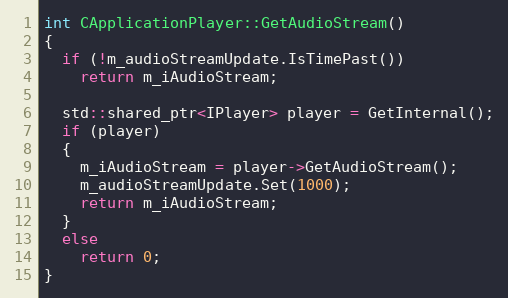
Language: C++
int CApplicationPlayer::GetAudioStream()
{
  if (!m_audioStreamUpdate.IsTimePast())
    return m_iAudioStream;

  std::shared_ptr<IPlayer> player = GetInternal();
  if (player)
  {
    m_iAudioStream = player->GetAudioStream();
    m_audioStreamUpdate.Set(1000);
    return m_iAudioStream;
  }
  else
    return 0;
}